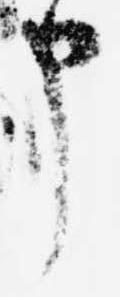
申